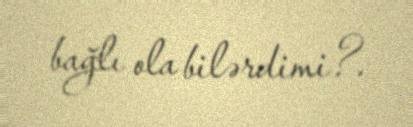
bağlı ola bilərdimi?.